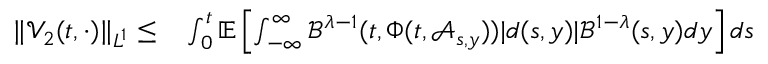
\begin{array} { r l } { \| \mathcal { V } _ { 2 } ( t , \cdot ) \| _ { L ^ { 1 } } \leq } & { { } \int _ { 0 } ^ { t } \mathbb { E } \left[ \int _ { - \infty } ^ { \infty } \mathcal { B } ^ { \lambda - 1 } ( t , \Phi ( t , \mathcal { A } _ { s , y } ) ) | d ( s , y ) | \mathcal { B } ^ { 1 - \lambda } ( s , y ) d y \right] d s } \end{array}